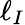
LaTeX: \ell_{I}